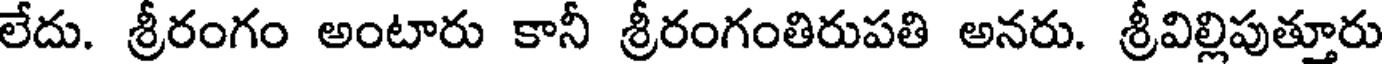
లేదు. శ్రీరంగం అంటారు కానీ శ్రీరంగంతిరుపతి అనరు. శ్రీవిల్లిపుత్తూరు